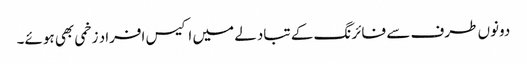
دونوں طرف سے فائرنگ کے تبادلے میں اکیس افراد زخمی بھی ہوئے۔